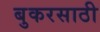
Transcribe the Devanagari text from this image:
बुकरसाठी